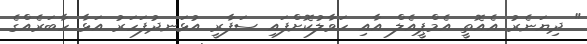
" ދިޔަނެރު އެއޮތީ އެމްޕީއެލް އާއި ހަވާލުކޮށްފައި ސަފާރީ އުޅަނދުފަހަރު އަޅާ ހާބަރެއްގެ